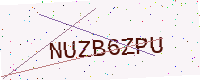
Text: NUZB6ZPU